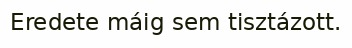
Eredete máig sem tisztázott.